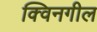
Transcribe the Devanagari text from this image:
क्विनगील